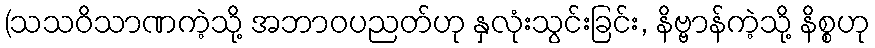
(သသဝိသာဏကဲ့သို့ အဘာဝပညတ်ဟု နှလုံးသွင်းခြင်း, နိဗ္ဗာန်ကဲ့သို့ နိစ္စဟု